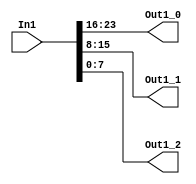
// -------------------------------------------------------------
// 
// 
// Generated by MATLAB 9.13 and HDL Coder 4.0
// 
// -------------------------------------------------------------


// -------------------------------------------------------------
// 
// Module: bit2RGB
// Source Path: BlobAnalysisHDL/BlobDetector/CCA_Algorithm/PaletteMap/bit2RGB
// Hierarchy Level: 3
// 
// -------------------------------------------------------------

`timescale 1 ns / 1 ns

module bit2RGB
          (In1,
           Out1_0,
           Out1_1,
           Out1_2);


  input   [23:0] In1;  // ufix24
  output  [7:0] Out1_0;  // uint8
  output  [7:0] Out1_1;  // uint8
  output  [7:0] Out1_2;  // uint8


  wire [7:0] Red_out1;  // uint8
  wire [7:0] Green_out1;  // uint8
  wire [7:0] Blue_out1;  // uint8


  assign Red_out1 = In1[23:16];



  assign Out1_0 = Red_out1;

  assign Green_out1 = In1[15:8];



  assign Out1_1 = Green_out1;

  assign Blue_out1 = In1[7:0];



  assign Out1_2 = Blue_out1;

endmodule  // bit2RGB